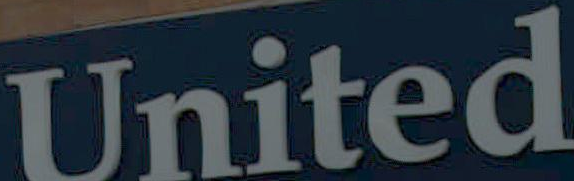
United